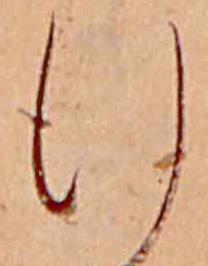
行